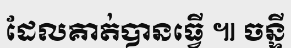
ដែលគាត់បានធ្វើ ៕ ចន្ទី